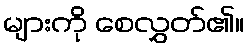
များကို စေလွှတ်၏။